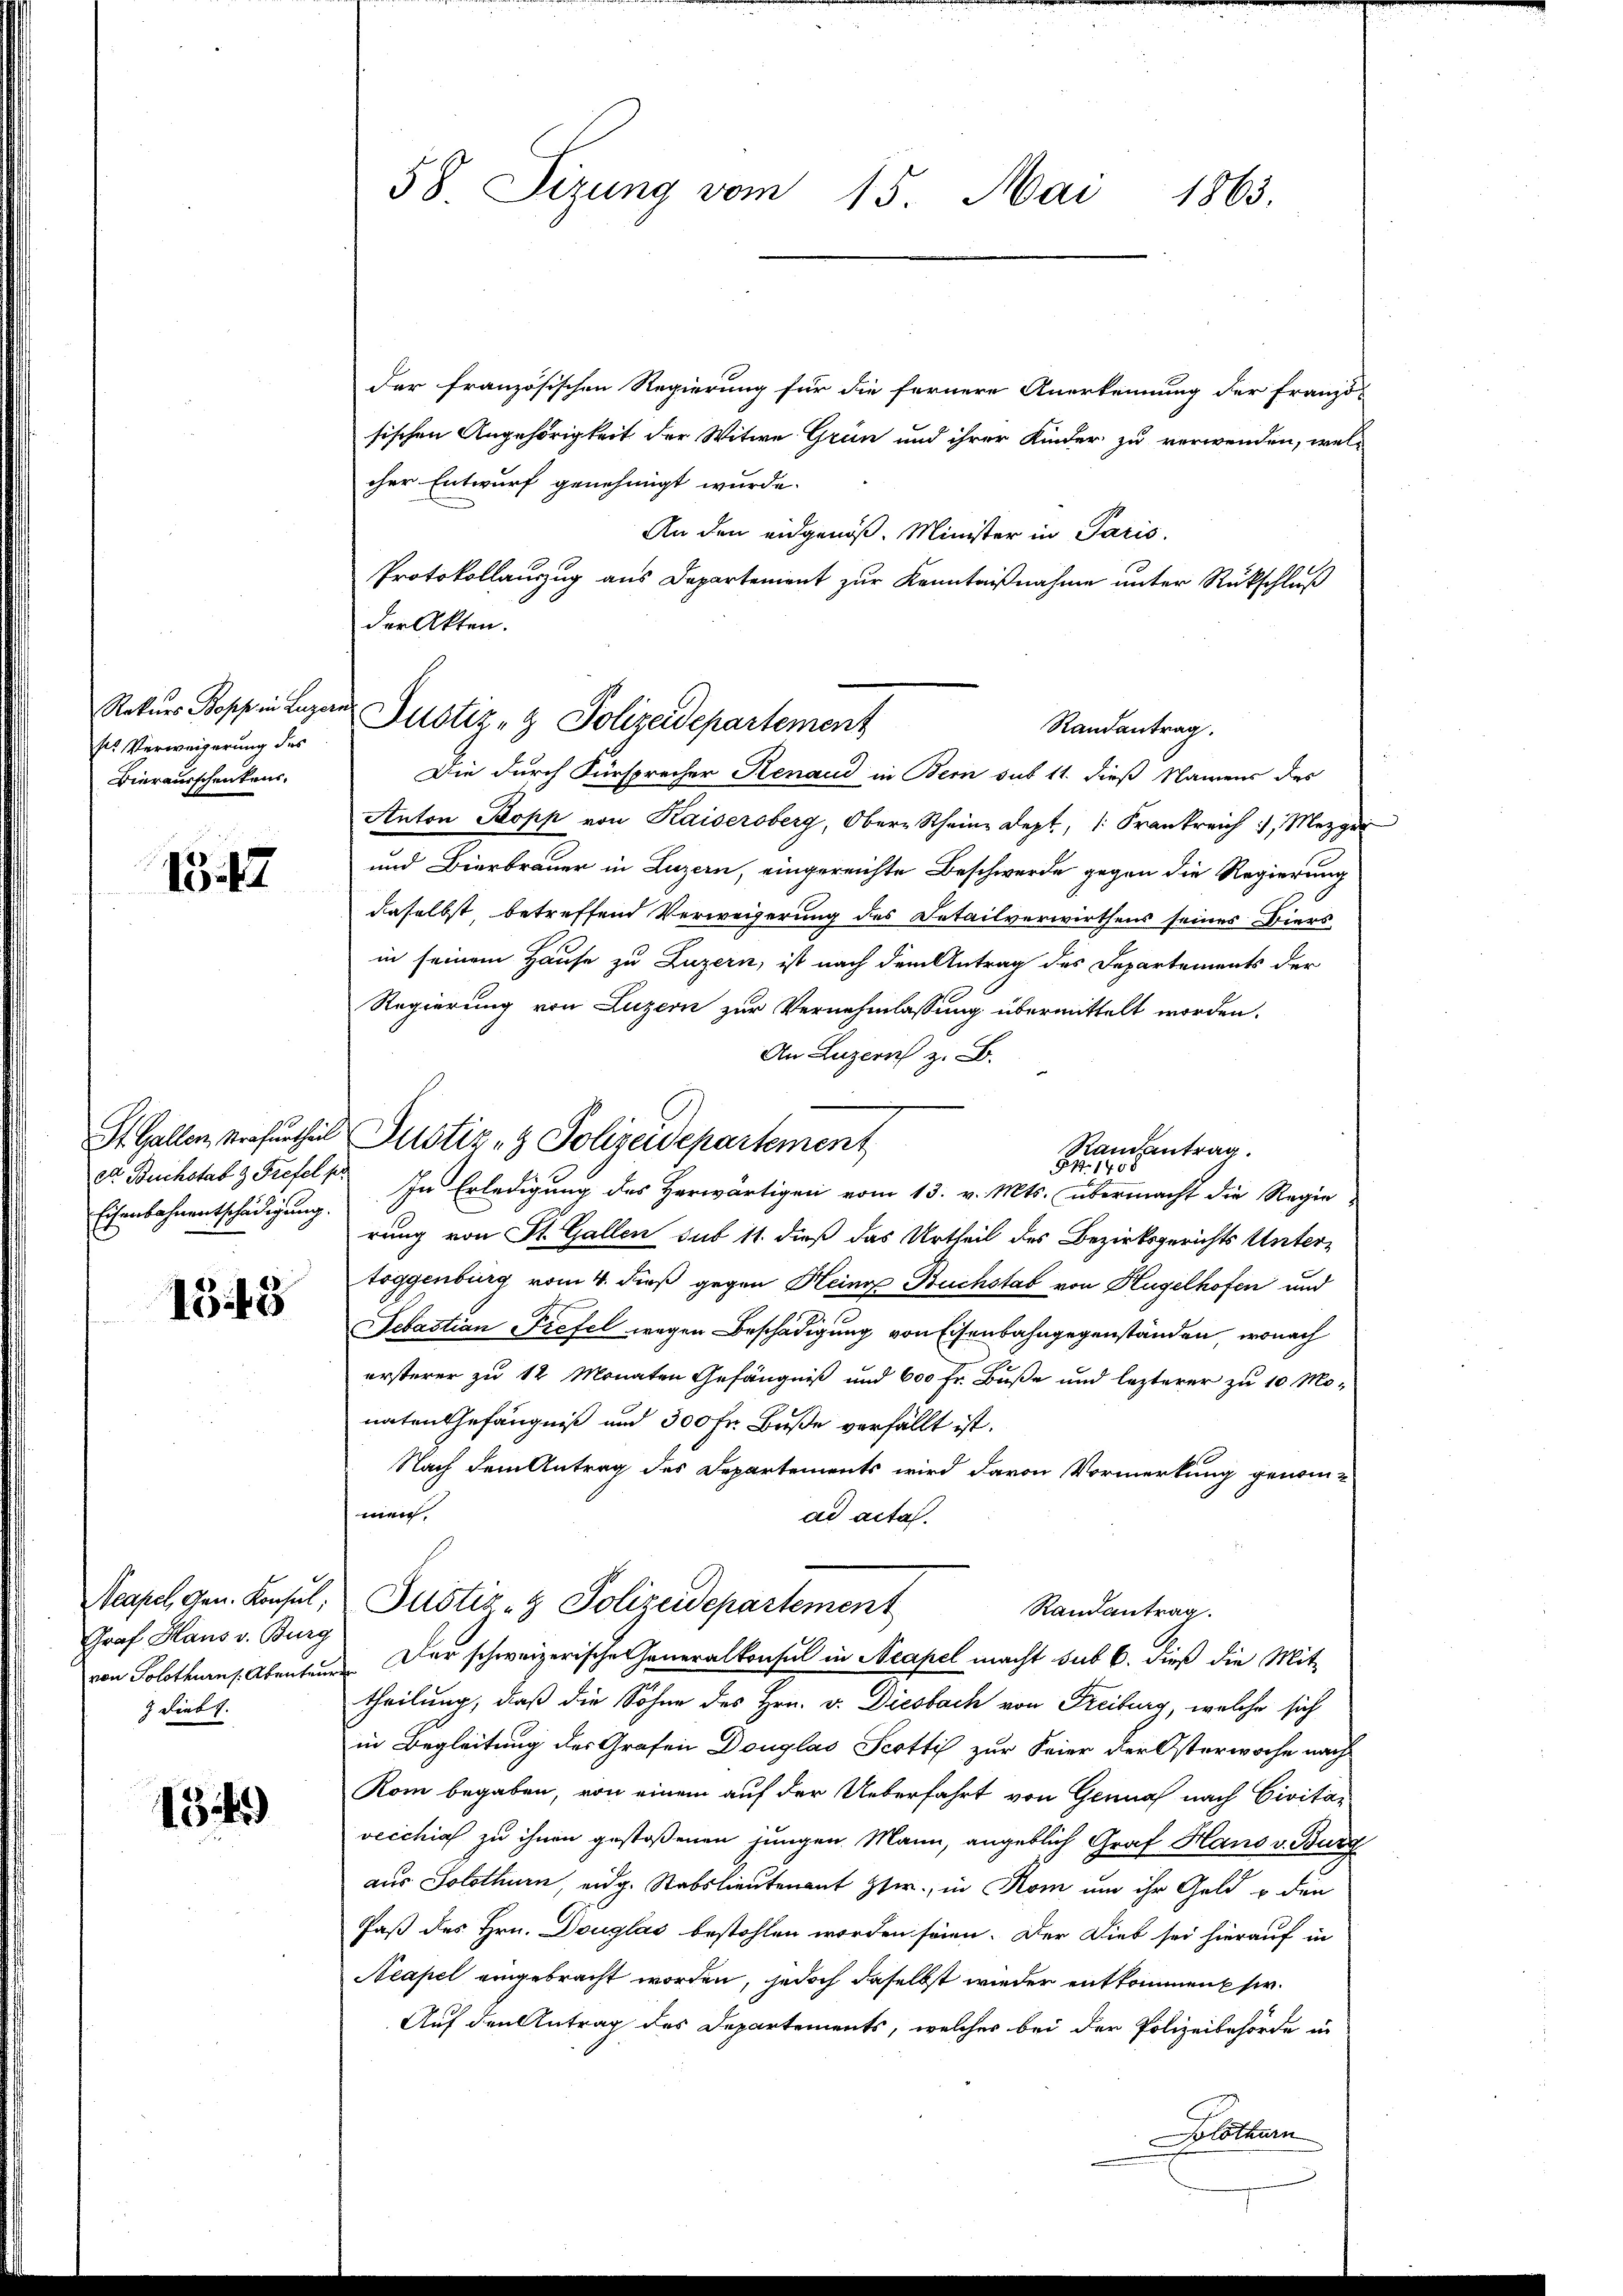
Rekurs Popp in Luzer
Es Verweigerung des
Bierausschenkens,

1547

St. Gallen, Strafurtheil
ed Buchstab & Frefel pr
Eisenbahnentschädigung.

1543

Neapel Gen. Konsul,
Graf Haus v. Burg
von Solothurn s. Abentei
9 Diebt.

134)

58 Sizŭng vom 15. Mai 1863.

der französischen Regierung für die fernere Anerkennung der Franzö-
sischen Angehörigkeit der Witwe Grün und ihrer Kinder zu verwenden, wel-
cher Entwurf genehmigt wurde.
An den eidgenöß. Minister in Paris.
Protokollauszug aus Departement zur Kenntnißnahme unter Rückschluß
der Akten.
Die durch Fürsprecher Renaud in Bern sub 11. dieß Namens des
Anton Kopp von Kaisersberg, Ober-Rheine Sept., 1. Frankreich, Mezger
und Bierbrauer in Luzern, eingereichte Beschwerde gegen die Regierung
daselbst, betreffend Verweigerung des Detailverwirthens seines Diens
in seinem Hause zu Luzern, ist nach dem Antrag des Departements der
Regierung von Luzern zur Vernehmlassung übermittelt worden.
An Luzern z. B.
Justiz- & Polizeidepartement
Randantrag.
7145 x
In Erledigung des Herwärtigen vom 13. v. Mts. übermacht die Regie-
rung von St. Gallen sub 11. dieß das Urtheil des Bezirksgerichts Untertoggenburg vom 4. dieß gegen Heine Buchstab von Hügelhofen und
Sebastian Tiefel wegen Beschädigung von Eisenbahngegenständen, wonach
ersterer zu 12 Monaten Gefängniß und 600 Fr. Buße und lezterer zu 10 Mo-
naten Gefängniß und 300 fr. Buße verfällt ist.
Nach dem Antrag des Departements wird davon Vormerkung genom-
men.
ad acta.
Justiz- & Polizeidepartement
Randantrag.
Der schweizerische Generalkonsul in Neapel macht sub 6. dieß die Mit-
theilung, daß die Sohne des Hrn. v. Diesbach von Freiburg, welche sich
in Begleitung des Grafen Douglas Scottis zur Feier der Osterwoche nach
Rom begaben, von einem auf der Ueberfahrt von Genua nach Civitävecchias zu ihnen gestoßenen jungen. Mann, angeblich Graf Hans v. Burg
aus Solothurn, eidg. Stabslieutenant Heer, in Rom um ihr Geld u den
Paß des Hrn. Douglas bestohlen worden seien. Der Dieb sei hierauf in
Acapel eingebracht worden, jedoch daselbst wieder entkommen Ehe.
Auf den Antrag des Departements, welches bei der Polizeibehörde in
Solothurn

Justiz- & Polizeidepartement

Randantrag.